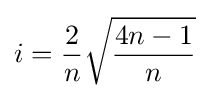
i={\frac {2}{n}}{\sqrt {\frac {4n-1}{n}}}